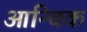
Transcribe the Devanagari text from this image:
आन्चिक